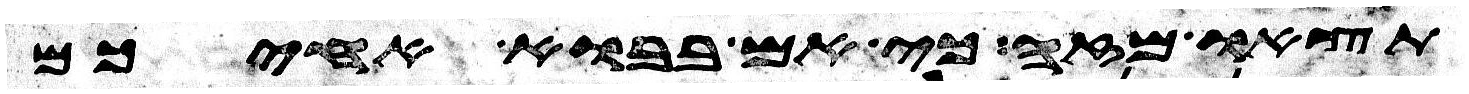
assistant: תצאו מזה כי אם בבוא אחיכם